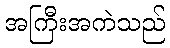
အကြီးအကဲသည်